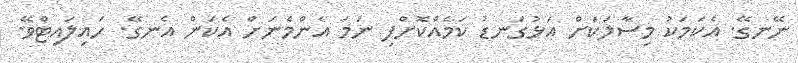
ނޭނގޭ. އެކަމަކު މިސާލަކަށް އަޅުގަނޑު ކަމެއްކޮށްފި ނަމަ އެންމެނަށް އެކަން އެނގޭ. ހައިލައިޓްވޭ.